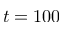
t = 1 0 0